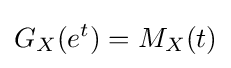
G_{X}(e^{t})=M_{X}(t)